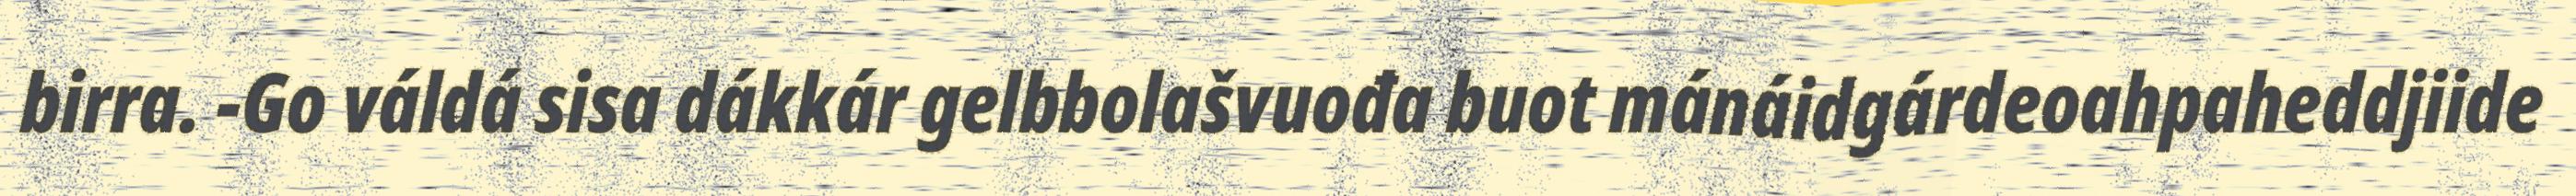
birra. -Go váldá sisa dákkár gelbbolašvuođa buot mánáidgárdeoahpaheddjiide